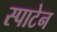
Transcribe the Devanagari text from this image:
स्पाटेन